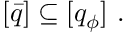
[ \bar { q } ] \subseteq [ q _ { \phi } ] \ .